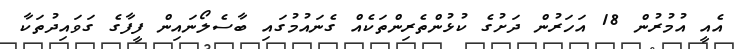
އެއީ އުމުރުން 18 އަހަރުން ދަށުގެ ކުޅުންތެރިންތަކެއް ގެނައުމުގައި ބާސެލޯނައިން ފީފާގެ ގަވައިދުތަކާ